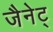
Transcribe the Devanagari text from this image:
जैनेट्